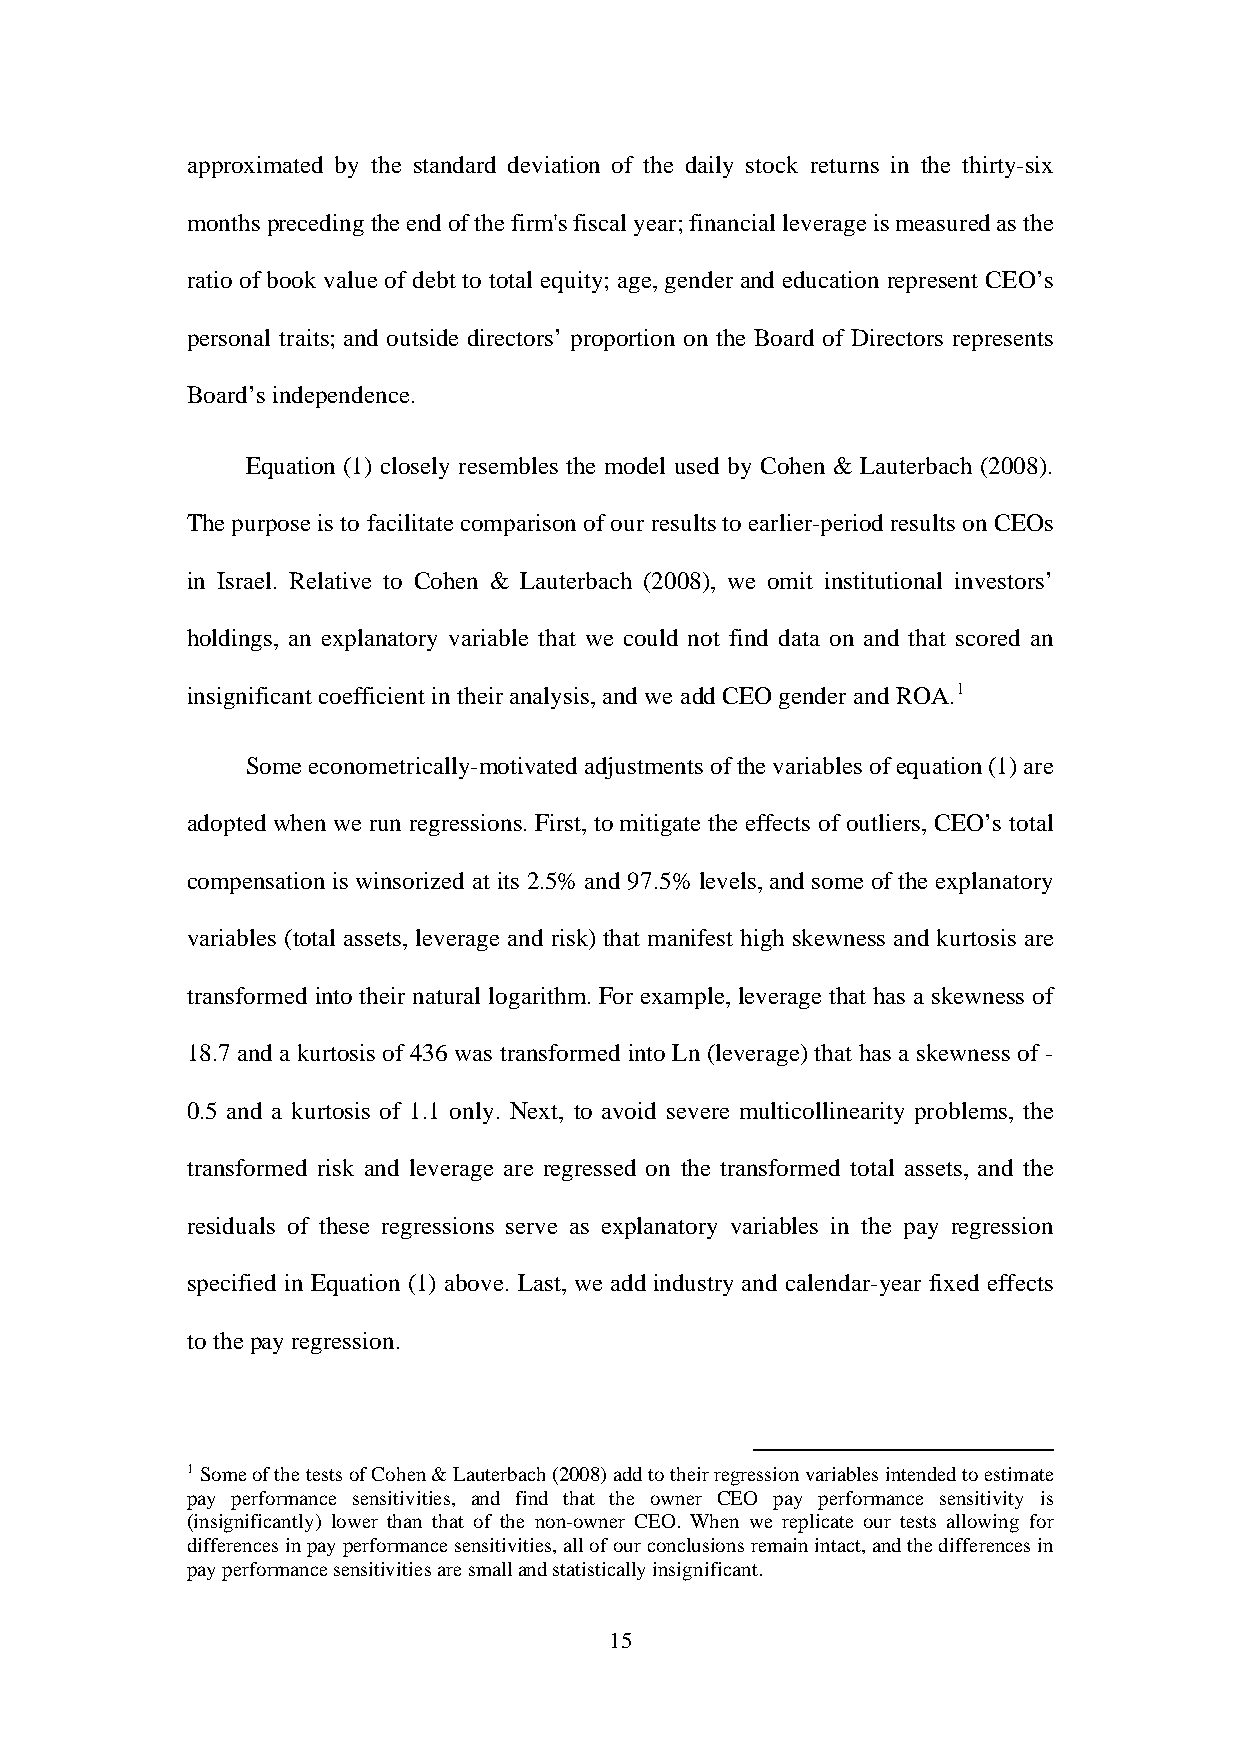
approximated by the standard deviation of the daily stock returns in the thirty-six
 months preceding the end of the firm's fiscal year; financial leverage is measured as the
 ratio of book value of debt to total equity; age, gender and education represent CEO’s
 personal traits; and outside directors’ proportion on the Board of Directors represents
 Board’s independence.
 Equation (1) closely resembles the model used by Cohen & Lauterbach (2008).
 The purpose is to facilitate comparison of our results to earlier-period results on CEOs
 in Israel. Relative to Cohen & Lauterbach (2008), we omit institutional investors’
 holdings, an explanatory variable that we could not find data on and that scored an
 insignificant coefficient in their analysis, and we add CEO gender and ROA.1
 Some econometrically-motivated adjustments of the variables of equation (1) are
 adopted when we run regressions. First, to mitigate the effects of outliers, CEO’s total
 compensation is winsorized at its 2.5% and 97.5% levels, and some of the explanatory
 variables (total assets, leverage and risk) that manifest high skewness and kurtosis are
 transformed into their natural logarithm. For example, leverage that has a skewness of
 18.7 and a kurtosis of 436 was transformed into Ln (leverage) that has a skewness of -
 0.5 and a kurtosis of 1.1 only. Next, to avoid severe multicollinearity problems, the
 transformed risk and leverage are regressed on the transformed total assets, and the
 residuals of these regressions serve as explanatory variables in the pay regression
 specified in Equation (1) above. Last, we add industry and calendar-year fixed effects
 to the pay regression.
 1 Some of the tests of Cohen & Lauterbach (2008) add to their regression variables intended to estimate
 pay performance sensitivities, and find that the owner CEO pay performance sensitivity is
 (insignificantly) lower than that of the non-owner CEO. When we replicate our tests allowing for
 differences in pay performance sensitivities, all of our conclusions remain intact, and the differences in
 pay performance sensitivities are small and statistically insignificant.
 15